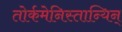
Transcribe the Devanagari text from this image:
तोर्कमेनिस्तान्यिन्